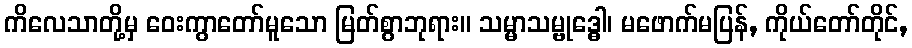
ကိလေသာတို့မှ ဝေးကွာတော်မူသော မြတ်စွာဘုရား။ သမ္မာသမ္ဗုဒ္ဓေါ၊ မဖောက်မပြန်, ကိုယ်တော်တိုင်,